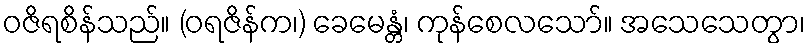
ဝဇိရစိန်သည်။ (ဝရဇိန်က၊) ခေမေန္တံ၊ ကုန်စေလသော်။ အသေသေတွာ၊